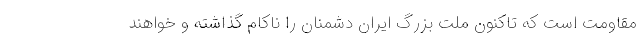
مقاومت است که تاکنون ملت بزرگ ایران دشمنان را ناکام گذاشته و خواهند